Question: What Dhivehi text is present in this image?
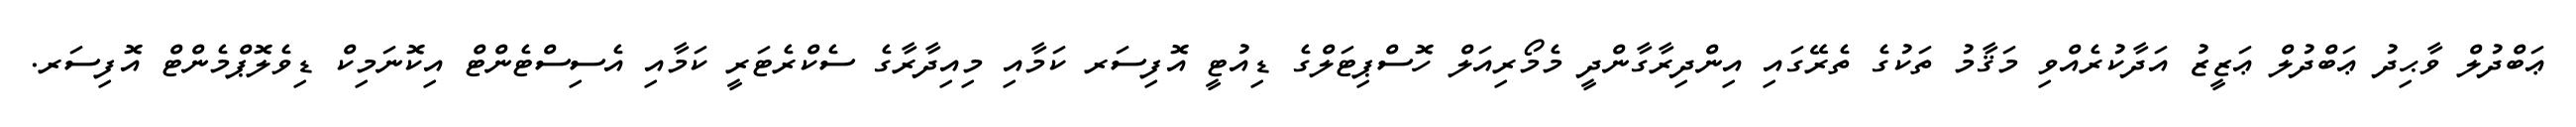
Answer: ޢަބްދުލް ވާޙިދު ޢަބްދުލް ޢަޒީޒު އަދާކުރެއްވި މަޤާމު ތަކުގެ ތެރޭގައި އިންދިރާގާންދީ މެމޯރިއަލް ހޮސްޕިޓަލްގެ ޑިއުޓީ އޮފިސަރ ކަމާއި މިއިދާރާގެ ސެކްރެޓަރީ ކަމާއި އެސިސްޓެންޓް އިކޮނަމިކް ޑިވެލޮޕްމެންޓް އޮފިސަރ.